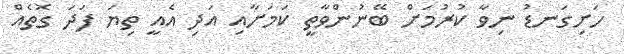
ހަށިގަނޑު ނިވާ ކުރުމަށް ބޭނުންވާތީ ކަމަށާއި އަދި އެއީ ތިޔަ ފަދަ ގޮތެއް